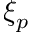
\xi _ { p }